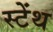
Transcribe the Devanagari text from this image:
स्‍टेंथ